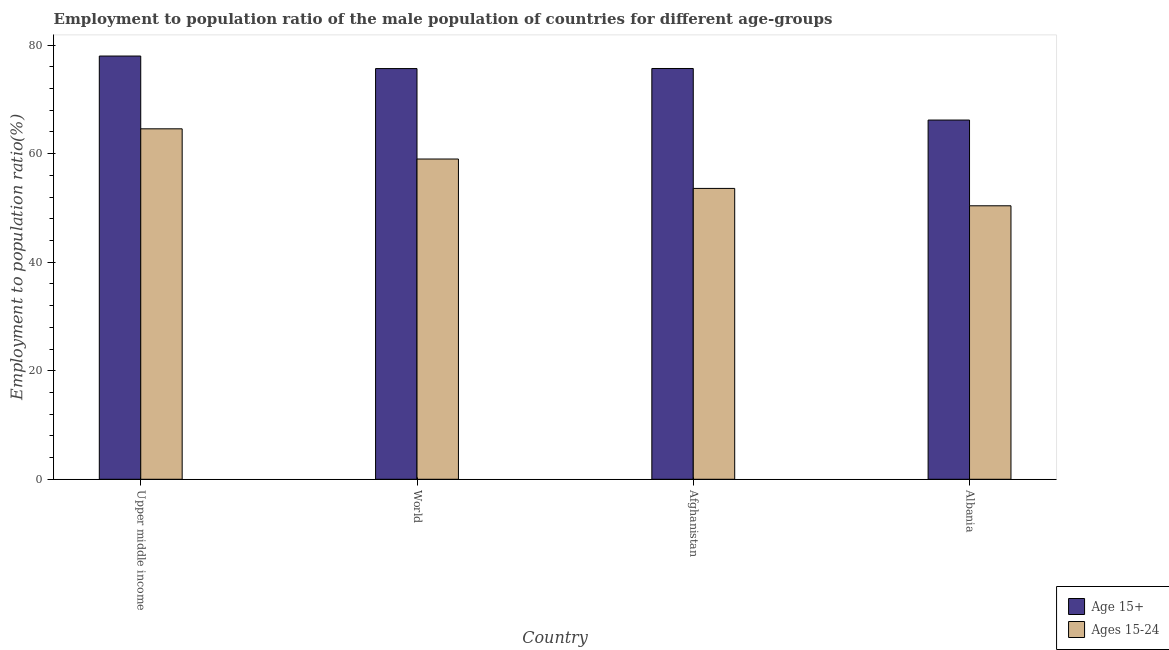
| Country | Age 15+ | Ages 15-24 |
 | --- | --- | --- |
 | Upper middle income | 78 | 64.6 |
 | World | 75.7 | 59 |
 | Afghanistan | 75.7 | 53.6 |
 | Albania | 66.2 | 50.4 |